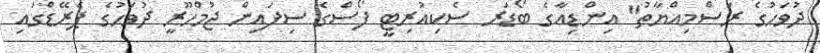
ދުވަހުގެ ރަސްމިއްޔާތު" އިންޑިއާގެ ބޯޑަރ ސެކިއުރިޓީ ފޯސްގެ ސިފައިން ޖުމްހޫރީ ދުވަހުގެ ޕެރޭޑްގައި